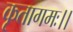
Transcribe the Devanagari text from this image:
कृतागमः।।